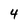
Character: 4